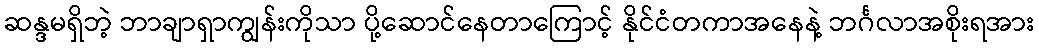
ဆန္ဒမရှိဘဲ့ ဘာချာရှာကျွန်းကိုသာ ပို့ဆောင်နေတာကြောင့် နိုင်ငံတကာအနေနဲ့ ဘင်္ဂလာအစိုးရအား